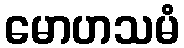
မောဟသမံ